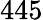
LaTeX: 445